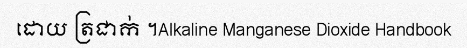
ដោយ ត្រជាក់ ។Alkaline Manganese Dioxide Handbook